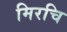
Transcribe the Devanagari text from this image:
मिरचि